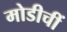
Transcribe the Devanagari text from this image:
मोडीचीं